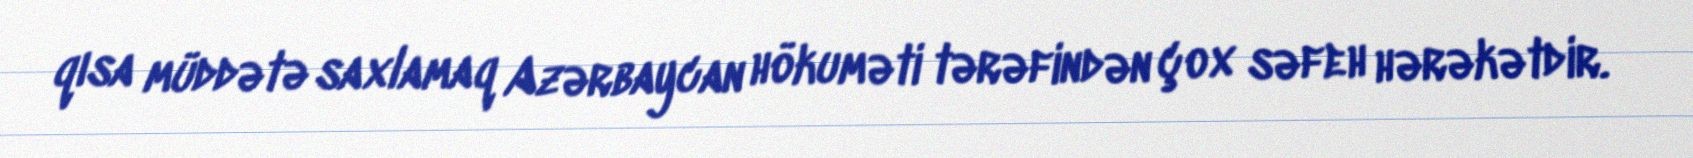
qısa müddətə saxlamaq Azərbaycan hökuməti tərəfindən çox səfeh hərəkətdir.